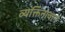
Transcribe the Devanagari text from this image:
व्यक्तिनावाने